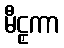
မီဠှကာ